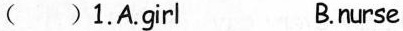
() 1.A.girl B.nurse